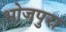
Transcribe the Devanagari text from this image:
भोजपुरा